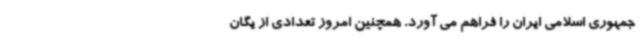
جمهوری اسلامی ایران را فراهم می آورد. همچنین امروز تعدادی از یگان